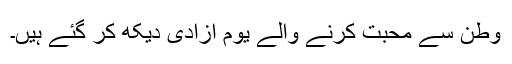
وطن سے محبت کرنے والے یوم آزادی دیکھ کر گئے ہیں۔